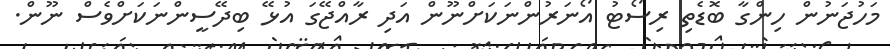
މަހުޖަނުން ހިންގާ ބޮޑެތި ރިސޯޓު އޯނަރުންނަކަށްނޫން އަދި ރާއްޖޭގަ އުޅޭ ބިދޭސީންނަކަށްވެސް ނޫން.